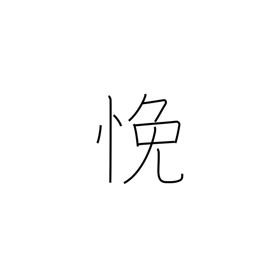
Meaning: be perplexed